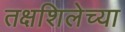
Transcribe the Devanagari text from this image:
तक्षशिलेच्या